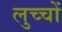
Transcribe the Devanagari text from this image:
लुच्चों